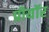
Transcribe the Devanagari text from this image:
प्रीयॉर